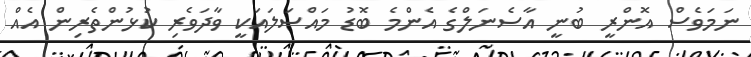
ނަމަވެސް އޮންރީ ބުނީ އާސެނަލްގެ އެންމެ ބޮޑު މައްސަލައަކީ ވާދަވެރި ކުޅުންތެރިން އެއް